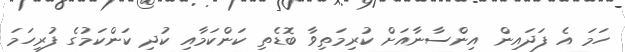
ހަމަ އެ ފަދައިން އިންސާނާއަށް ކުރިމަތިވާ ބޮޑެތި ކަންކަމާއި ކުދި ކަންކަމުގެ ފުރިހަމަ